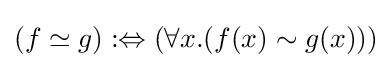
(f\simeq g):\Leftrightarrow (\forall x.(f(x)\sim g(x)))